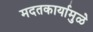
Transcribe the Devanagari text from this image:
मदतकार्यामुळे